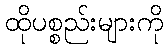
ထိုပစ္စည်းများကို